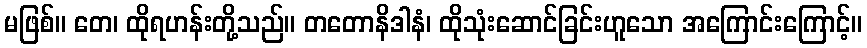
မဖြစ်။ တေ၊ ထိုရဟန်းတို့သည်။ တတောနိဒါနံ၊ ထိုသုံးဆောင်ခြင်းဟူသော အကြောင်းကြောင့်။